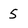
Character: 5